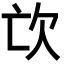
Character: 𣢅